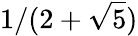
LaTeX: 1/(2+{\sqrt{5}})